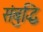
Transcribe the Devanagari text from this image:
संबुद्धि